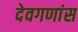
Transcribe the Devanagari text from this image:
देवगणांस